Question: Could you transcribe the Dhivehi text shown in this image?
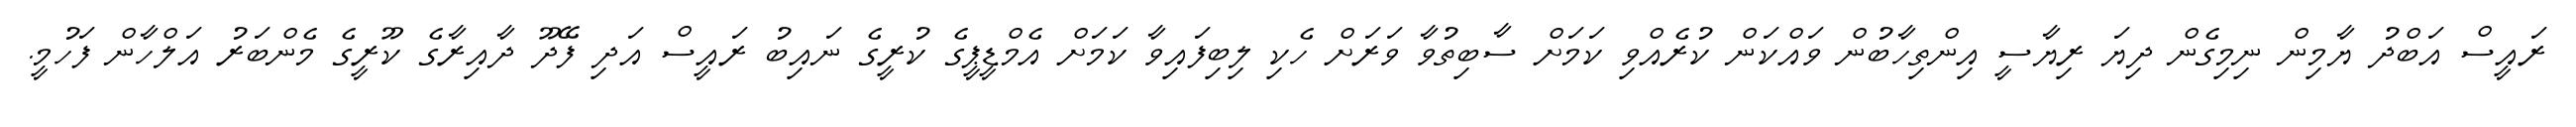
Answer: ރައީސް އަބްދު ޔާމިން ނިމިގެން ދިޔަ ރިޔާސީ އިންތިހާބުން ވައްކަން ކުރެއްވި ކަމަށް ސާބިތުވާ ވަރަށް ހެކި ލިބިފައިވާ ކަމަށް އެމްޑީޕީގެ ކުރީގެ ނައިބު ރައީސް އަދި ފޭދޫ ދާއިރާގެ ކޫރީގެ މެންބަރު އަލްހާން ފަހުމީ.